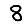
Digit: 8